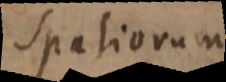
spatiorum